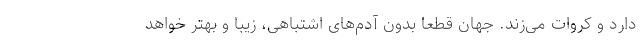
دارد و کروات می‌زند. جهان قطعا بدون آدم‌های اشتباهی، زیبا و بهتر خواهد